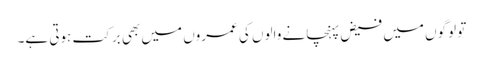
تو لوگوں میں فیض پہنچانے والوں کی عمروں میں بھی برکت ہوتی ہے۔